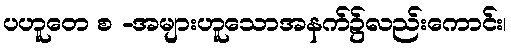
ပဟူတေ စ -အများဟူသောအနက်၌လည်းကောင်း၊